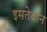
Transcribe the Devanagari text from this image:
इसतेबान